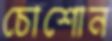
চোশোন